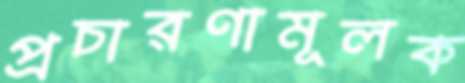
প্রচারণামূলক